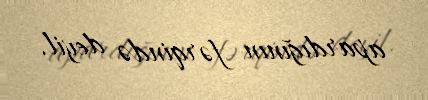
apardığının fərqində deyil.